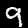
Label: 9